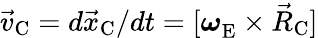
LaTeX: {\vec{v}}_{\mathrm{C}}=d{\vec{x}}_{\mathrm{C}}/dt=[{\boldsymbol\omega}_{\mathrm{E}}^{}\times{\vec{R}}_{\mathrm{C}}]